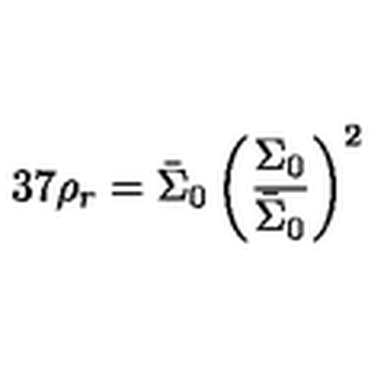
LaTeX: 3 7 \rho _ { r } = \bar { \Sigma } _ { 0 } \left( \frac { \Sigma _ { 0 } } { \bar { \Sigma } _ { 0 } } \right) ^ { 2 }